Annual report of the Civil Veterinary Department, Bengal, for the year 1897-98 - 1897-1898
Year: 1897
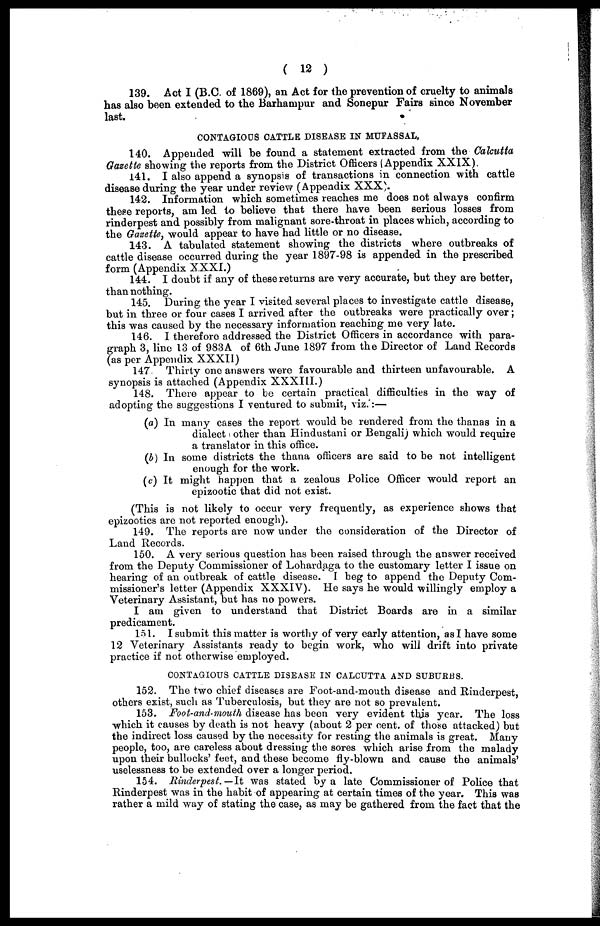
( 12 )
139. Act I (B.C. of 1869), an Act for the prevention of cruelty to animals
has also been extended to the Barhampur and Sonepur Fairs since November
last.
CONTAGIOUS CATTLE DISEASE IN MUFASSAL,
140. Appended will be found a statement extracted from the Calcutta
Gazette showing the reports from the District Officers (Appendix XXIX).
141. I also append a synopsis of transactions in connection with cattle
disease during the year under review (Appendix XXX).
142. Information which sometimes reaches me does not always confirm
these reports, am led to believe that there have been serious losses from
rinderpest and possibly from malignant sore-throat in places which, according to
the Gazette, would appear to have had little or no disease.
143. A tabulated statement showing the districts where outbreaks of
cattle disease occurred during the year 1897-98 is appended in the prescribed
form (Appendix XXXI.)
144. I doubt if any of these returns are very accurate, but they are better,
than nothing.
145. During the year I visited several places to investigate cattle disease,
but in three or four cases I arrived after the outbreaks were practically over ;
this was caused by the necessary information reaching me very late.
146. I therefore addressed the District Officers in accordance with para-
graph 3, line 13 of 983A of 6th June 1897 from the Director of Land Records
(as per Appendix XXXII)
147 Thirty one answers were favourable and thirteen unfavourable. A
synopsis is attached (Appendix XXXIII.)
148. There appear to be certain practical difficulties in the way of
adopting the suggestions I ventured to submit, viz.:—
(a) In many cases the report would be rendered from the thanas in a
dialect other than Hindustani or Bengali) which would require
a translator in this office.
(b) In some districts the thana officers are said to be not intelligent
enough for the work.
(c) It might happen that a zealous Police Officer would report an
epizootic that did not exist.
(This is not likely to occur very frequently, as experience shows that
epizootics are not reported enough).
149. The reports are now under the consideration of the Director of
Laud Records.
150. A very serious question has been raised through the answer received
from the Deputy Commissioner of Lohardaga to the customary letter I issue on
hearing of an outbreak of cattle disease. I beg to append the Deputy Com-
missioner's letter (Appendix XXXIV). Ho says he would willingly employ a
Veterinary Assistant, but has no powers.
I am given to understand that District Boards are in a similar
predicament.
151. I submit this matter is worthy of very early attention, as I have some
12 Veterinary Assistants ready to begin work, who will drift into private
practice if not otherwise employed.
CONTAGIOUS CATTLE DISEASE IN CALCUTTA AND SUBURBS.
152. The two chief diseases are Foot-and-mouth disease and Rinderpest,
others exist, such as Tuberculosis, but they are not so prevalent.
153. Foot-and-mouth disease has been very evident this year. The loss
which it causes by death is not heavy (about 2 per cent. of those attacked) but
the indirect loss caused by the necessity for resting the animals is great. Many
people, too, are careless about dressing the sores which arise from the malady
upon their bullocks' feet, and these become fly-blown and cause the animals'
uselessness to be extended over a longer period.
154. Rinderpest.—It was stated by a late Commissioner of Police that
Rinderpest was in the habit of appearing at certain times of the year. This was
rather a mild way of stating the case, as may be gathered from the fact that the